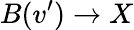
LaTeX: B(v^{\prime})\rightarrow X